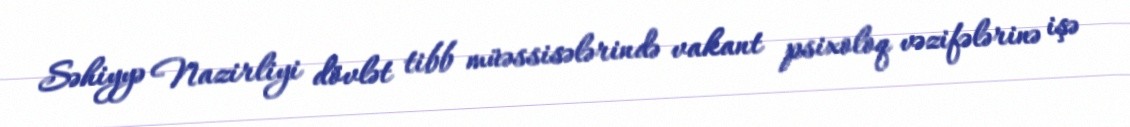
Səhiyyə Nazirliyi dövlət tibb müəssisələrində vakant psixoloq vəzifələrinə işə